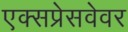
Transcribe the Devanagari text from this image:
एक्सप्रेसवेवर